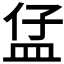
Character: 𥁙